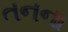
તનના